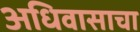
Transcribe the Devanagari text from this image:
अधिवासाचा